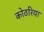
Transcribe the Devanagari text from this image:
कोठरिया